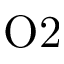
\mathrm { O 2 }